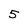
Character: 5